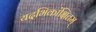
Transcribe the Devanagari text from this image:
यदभिकांक्षितम्